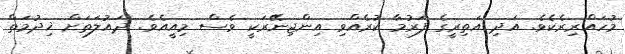
މުހައްރިރެކެވެ. އަދި އަތިރީގެ ފަރުމާ ކުރެއްވި އިންޖިނޭރަކީ ވެސް މިއީއެވެ. ދައުލަތަށް ޚިދުމަތް